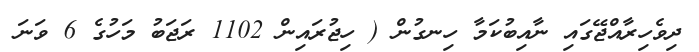
ދިވެހިރާއްޖޭގައި ނާއިބުކަމާ ހިނގުން ( ހިޖުރައިން 1102 ރަޖަބު މަހުގެ 6 ވަނަ